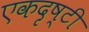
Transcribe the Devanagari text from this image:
एकदृष्टी